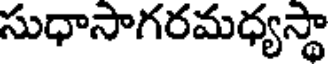
సుధాసాగరమధ్యస్థా